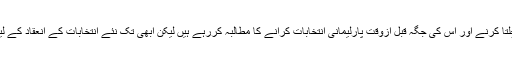
احتجاجی مظاہرین موجود پارلیمان کو چلتا کرنے اور اس کی جگہ قبل ازوقت پارلیمانی انتخابات کرانے کا مطالبہ کررہے ہیں لیکن ابھی تک نئے انتخابات کے انعقاد کے لیے کوئی تاریخ مقرر نہیں کی گئی ہے۔